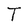
Character: T